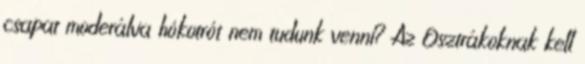
csapat moderálva hókotrót nem tudunk venni? Az Osztrákoknak kell